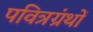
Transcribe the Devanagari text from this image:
पवित्रग्रंथों